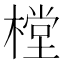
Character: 樘